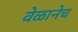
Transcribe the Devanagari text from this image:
वेळानेच